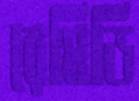
রেমিডি